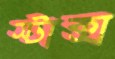
স্টাক্স